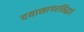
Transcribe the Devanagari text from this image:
दयासागरसिद्धये